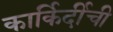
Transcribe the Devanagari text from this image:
कार्किर्दीची